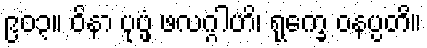
၉၀၃။ ဝိနာ ပုပ္ဖံ ဖလဂ္ဂါဟိ၊ ရုက္ခေ ဝနပ္ပတိ။